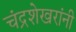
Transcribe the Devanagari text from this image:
चंद्रशेखरांनी